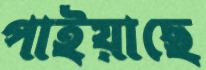
পাইয়াছে